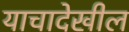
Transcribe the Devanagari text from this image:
याचादेखील